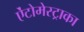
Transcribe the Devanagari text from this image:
ऐंटोमेस्ट्राका